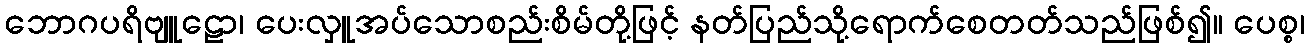
ဘောဂပရိဗျူဠော၊ ပေးလှူအပ်သောစည်းစိမ်တို့ဖြင့် နတ်ပြည်သို့ရောက်စေတတ်သည်ဖြစ်၍။ ပေစ္စ၊